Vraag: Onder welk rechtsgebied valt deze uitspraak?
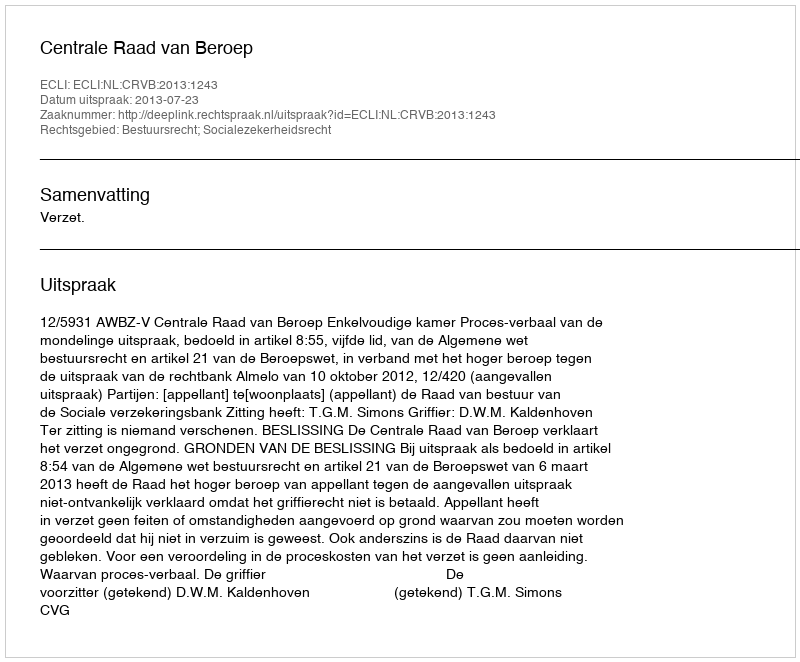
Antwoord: Bestuursrecht; Socialezekerheidsrecht